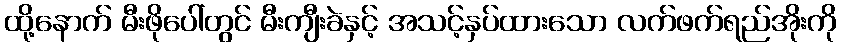
ထို့နောက် မီးဖိုပေါ်တွင် မီးကျီးခဲနှင့် အသင့်နှပ်ထားသော လက်ဖက်ရည်အိုးကို